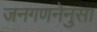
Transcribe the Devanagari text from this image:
जनगणनेनुसा